Lunatic asylums United Provinces 1899-1908 - 1899-1908
Year: 1899
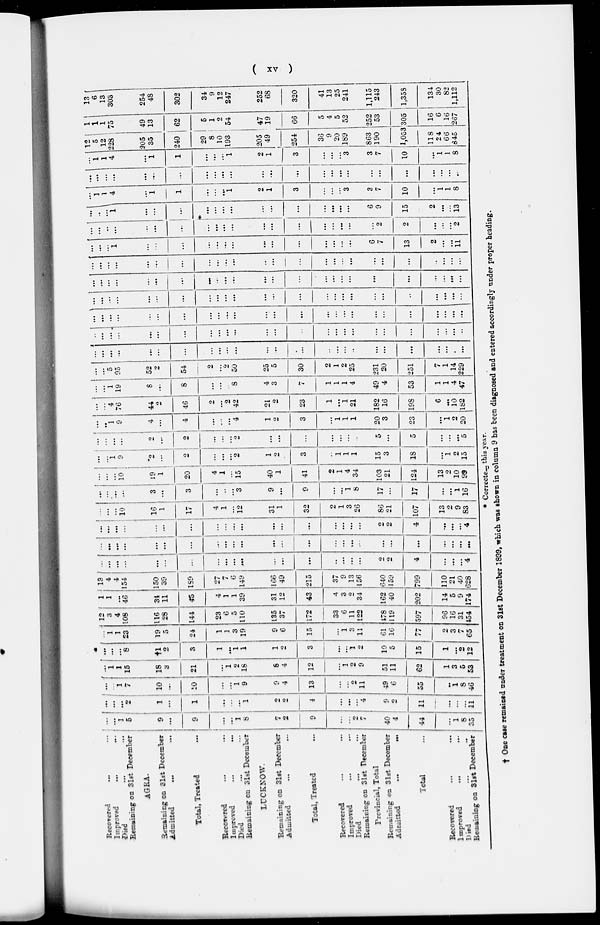
( xv )
Recovered … ...
Improved … …
Died … …
Remaining on 31st December
AGRA.
Remaining on 31st December
Admitted … …
Total, Treated …
Recovered … …
Improved … …
Died … …
Remaining on 31st December
LUCKNOW.
Remaining on 31st December
Admitted … …
Total, Treated …
Recovered … …
Improved
...
...
Died … …
Remaining on 31st December
Provincial, Total
Remaining on 31st December
Admitted
...
...
Total
...
Recovered
...
...
Improved
…
...
Died … …
Remaining on 31st December
…
...
1
5
9
...
9
…
…
1
8
7
2
9
...
…
2
7
40
4
44
…
1
8
35
…
...
...
2
1
…
1
…
…
…
1
2
2
4
…
…
...
4
9
2
11
…
…
…
41
...
…
1
7
10
…
10
...
…
1
9
9
4
13
…
...
2
11
49
6
55
…
1 8
46
…
1 1
15
18
3
21
…
1
2
18
8
4
12
…
1
2
9
51
11
62
1
3
5
53
...
…
…
8
†1
2
3
1 ...
1
1
1
2
3
…
...
1
2
10
5
15
1
…
2
12
...
1
1
23
19
5
24
1
1
3
19
9
6
15
…
1
3
11
61
16
77
2
3
7
65
12
3
4
108
116
28
144
23
6
5
110
135
37
172
33
6
11
122
478
119
597
96
16
31
454
1
1
...
46
34
11
45
4
1
1
39
31
12
43
4
3
2
34
162
40
202
14
5
9
174
13
4
4
154
150
39
189
27
7
6
149
166
49
215
37
9
13
156
640
159
799
110
21
40
628
...
...
…
…
…
…
…
…
…
…
…
…
...
...
…
...
...
...
2
2
4
...
...
...
4
…
…
…
...
…
…
...
…
...
...
...
...
...
...
…
...
…
...
...
...
...
...
...
…
...
…
...
...
…
...
...
…
...
…
...
…
…
…
...
…
...
…
...
2
2
107
…
...
...
4
…
…
…
10
16
1
17
4
1
...
12
31
1
32
2
1
3
26
86
21
107
13
2
9
83
…
...
…
…
3
...
3
…
…
...
3
9
…
9
…
…
1
8
17
...
17
…
…
1
16
...
...
…
10
19
1
20
4
1
...
15
40
1
41
2
1
4
34
103
21
124
13
2
10
99
…
…
1 9
2
…
2
...
...
…
2
1
2
3
…
1
1
1
15
3
18
…
1
2
15
...
...
...
...
2
…
2
…
…
...
2
…
…
...
…
…
…
..
5
...
5
…
...
...
5
…
… 1
9
4
…
4
...
…
...
4
1
2
3
…
1 1
1
20
3
23
…
1
2
20
…
...
4
76
44
2
46
2
...
2
42
21
2
23
1
...
1
21
182
16
198
6
…
10
182
…
...
1
19
8
...
8
…
...
…
8
4
3
7
1
1
1
4
49
4
53
1
1
4
47
…
…
5
95
52
2
54
2
…
2
50
25
5
30
2
1
2
25
231
20
251
7
1
14
229
...
...
...
...
…
...
...
…
...
...
...
…
…
...
…
...
...
..
...
...
...
…
...
.
…
…
…
...
...
…
...
...
…
...
…
...
...
...
…
…
...
...
...
...
...
...
...
...
...
…
...
...
…
…
…
…
…
…
…
…
...
…
...
...
…
...
...
...
...
…
…
...
...
...
…
...
...
...
...
…
…
…
…
...
...
…
...
...
...
…
...
…
…
…
…
…
…
…
…
…
…
…
...
...
…
…
…
…
...
...
...
...
…
…
...
...
...
...
…
…
...
…
...
…
...
...
…
...
...
...
...
...
…
...
…
…
…
...
...
…
...
...
...
...
…
...
…
…
...
…
…
…
…
1
…
...
...
…
…
…
...
...
...
...
…
...
…
...
6
7
13
2
...
...
11
…
...
...
...
…
...
...
…
…
...
...
…
…
...
…
...
…
...
...
2
2
…
...
...
2
...
…
…
1
…
...
…
...
...
…
…
...
...
...
…
…
…
…
6
9
15
2
…
...
13
…
1
1
4
…
1
1
…
…
…
1
2
1
3
…
...
...
3
3
7
10
…
1
1
8
…
...
...
...
...
...
...
…
...
...
...
…
...
…
…
…
…
…
...
…
...
…
...
...
…
...
1
1
4
…
1
1
…
…
…
1
2
1
3
…
...
…
3
3
7
10
...
1
1
8
12
5
12
228
305
35
240
29
8
10
193
205
49
254
36
9
20
189
863
190
1,053
118
24
66
845
1
1
1
75
49
13
62
5
1
2
54
47
19
66
5
4
5
52
252
53
305
16
6
16
267
13
6
13
303
254
48
302
34
9
12
247
252
68
320
41
13
25
241
1,115
243
1,358
134
30
82
1,112
* Corrected this year.
† One case remained under treatment on 31st December 1899, which was shown in column 9 has been diagnosed and entered accordingly under proper heading.